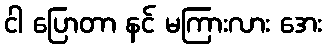
ငါ ပြောတာ နင် မကြားလား အေး